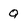
Character: Q